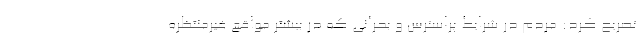
تصریح کرد: مردم در شرایط پراسترس و بحرانی که در بیشتر مواقع غیرمنتظره